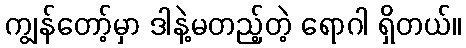
ကျွန်တော့်မှာ ဒါနဲ့မတည့်တဲ့ ရောဂါ ရှိတယ်။